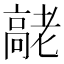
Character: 𦓄